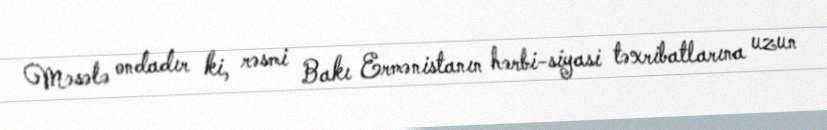
Məsələ ondadır ki, rəsmi Bakı Ermənistanın hərbi-siyasi təxribatlarına uzun